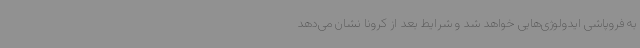
به فروپاشی ایدولوژی‌هایی خواهد شد و شرایط بعد از کرونا نشان می‌دهد